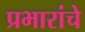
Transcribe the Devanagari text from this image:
प्रभारांचे